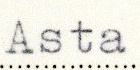
Asta